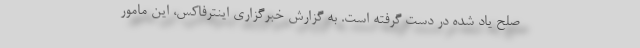
صلح یاد شده در دست گرفته است. به گزارش خبرگزاری اینترفاکس،‌ این مامور